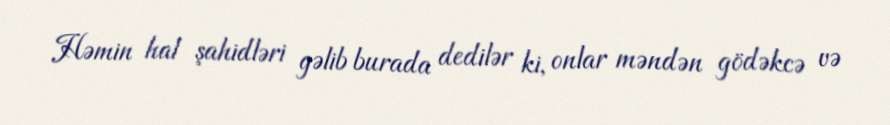
Həmin hal şahidləri gəlib burada dedilər ki, onlar məndən gödəkcə və